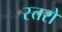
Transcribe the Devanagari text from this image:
स्त्तरों